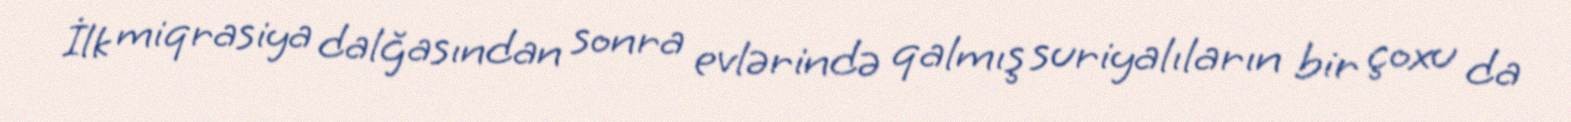
İlk miqrasiya dalğasından sonra evlərində qalmış suriyalıların bir çoxu da